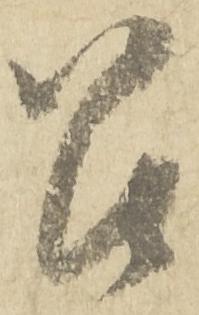
召